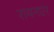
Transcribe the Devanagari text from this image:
रायनएर